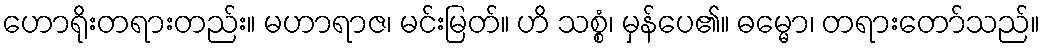
ဟောရိုးတရားတည်း။ မဟာရာဇ၊ မင်းမြတ်။ ဟိ သစ္စံ၊ မှန်ပေ၏။ ဓမ္မော၊ တရားတော်သည်။